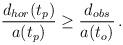
LaTeX: \begin{align*}{d_{hor}(t_p) \over a(t_p)} \geq {d_{obs} \over a(t_o)} \, .\end{align*}